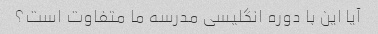
آیا این با دوره انگلیسی مدرسه ما متفاوت است؟